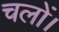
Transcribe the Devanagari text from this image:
चलों।